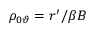
\rho _ { 0 \vartheta } = r ^ { \prime } / \beta B